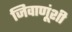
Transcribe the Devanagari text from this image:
जिवाणूंशी